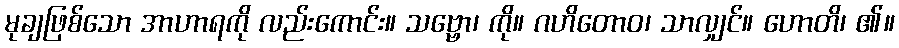
မုချဖြစ်သော အာဟာရကို လည်းကောင်း။ သဗ္ဗော၊ ကို။ ဂဟိတောဝ၊ သာလျှင်။ ဟောတိ၊ ၏။